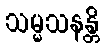
သမ္မသနန္တိ